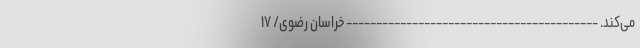
می‌کند. ------------------------------------------ خراسان رضوی/ ۱۷